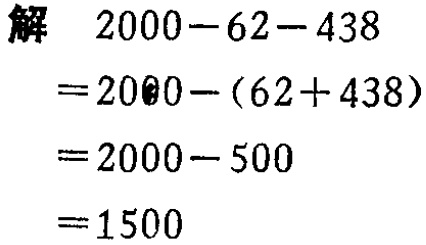
解
\[
\begin{align*}
&2000 - 62 - 438\\
=&2000-(62 + 438)\\
=&2000 - 500\\
=&1500
\end{align*}
\]